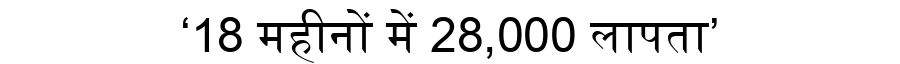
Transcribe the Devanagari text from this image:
‘18 महीनों में 28,000 लापता’